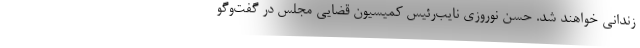
زندانی خواهند شد. حسن نوروزی نایب‌رئیس کمیسیون قضایی مجلس در گفت‌وگو